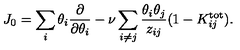
J _ { 0 } = \sum _ { i } \theta _ { i } { \frac { \partial } { \partial \theta _ { i } } } - \nu \sum _ { i \ne j } { \frac { \theta _ { i } \theta _ { j } } { z _ { i j } } } ( 1 - K _ { i j } ^ { \mathrm { t o t } } ) .